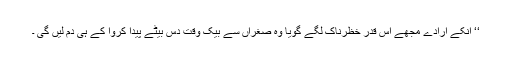
‘‘ انکے ارادے مجھے اس قدر خظرناک لگے گویا وہ صغراں سے بیک وقت دس بیٹے پیدا کروا کے ہی دم لیں گی ۔